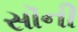
સૉની